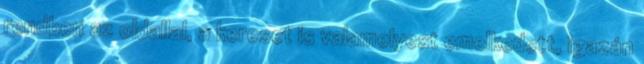
rendben az oldallal, a kereset is valamelyest emelkedett, igazán